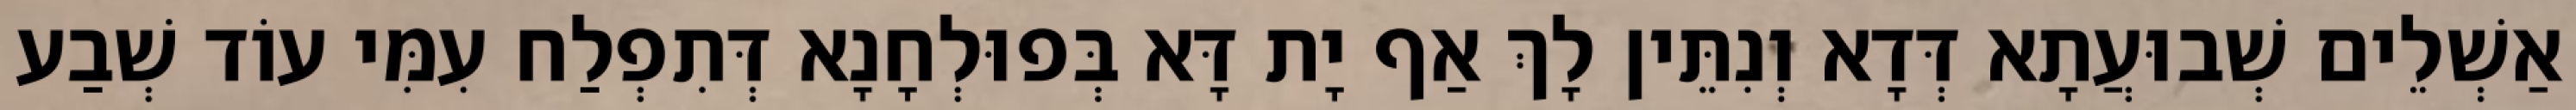
אַשְׁלֵים שְׁבוּעֲתָא דְּדָא וְנִתֵּין לָךְ אַף יָת דָּא בְּפוּלְחָנָא דְּתִפְלַח עִמִּי עוֹד שְׁבַע